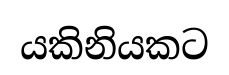
යකිනියකට